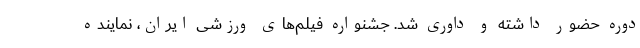
دوره حضور داشته و داوری شد. جشنواره فیلم‌های ورزشی ایران، نماینده